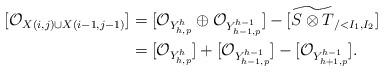
LaTeX: \begin{align*}[\mathcal{O}_{X(i,j) \cup X(i-1,j-1)}] &= [\mathcal{O}_{Y_{h,p}^h} \oplus \mathcal{O}_{Y_{h-1,p}^{h-1}}] - [\widetilde{S \otimes T}_{/<I_1, I_2}]\\&= [\mathcal{O}_{Y_{h,p}^h}] + [\mathcal{O}_{Y_{h-1,p}^{h-1}}] - [\mathcal{O}_{Y_{h+1,p}^{h-1}}].\end{align*}